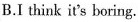
B.I think it's boring.